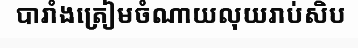
បារាំងត្រៀមចំណាយលុយរាប់សិប